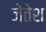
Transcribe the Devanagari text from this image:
जेतेश